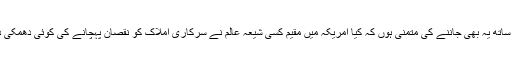
اس کے ساتھ یہ بھی جاننے کی متمنی ہوں کہ کیا امریکہ میں مقیم کسی شیعہ عالم نے سرکاری املاک کو نقصان پہچانے کی کوئی دھمکی دی ہے؟